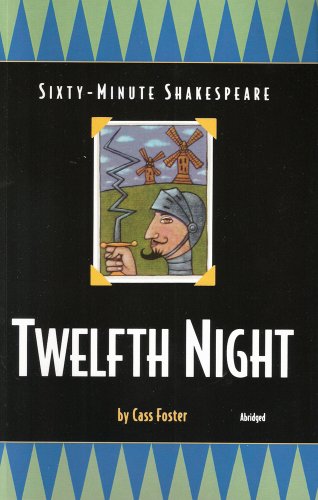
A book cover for Twelfth Night: Sixty-Minute Shakespeare Series; Cass Foster; Teen & Young Adult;